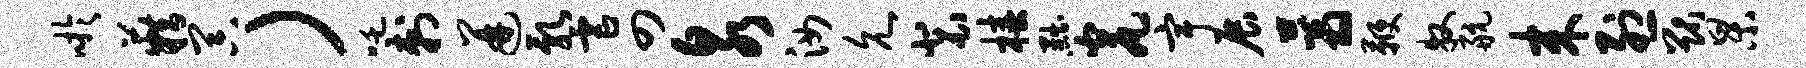
吁籍器）吒刺迸乳虐四泉汝允裴椿黜瓮宇展蓊鞭牧航来烈猷杲